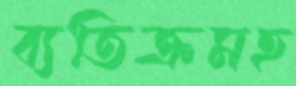
ব্যতিক্রমহ